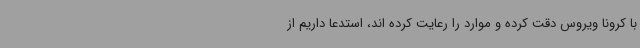
با کرونا ویروس دقت کرده و موارد را رعایت کرده اند، استدعا داریم از